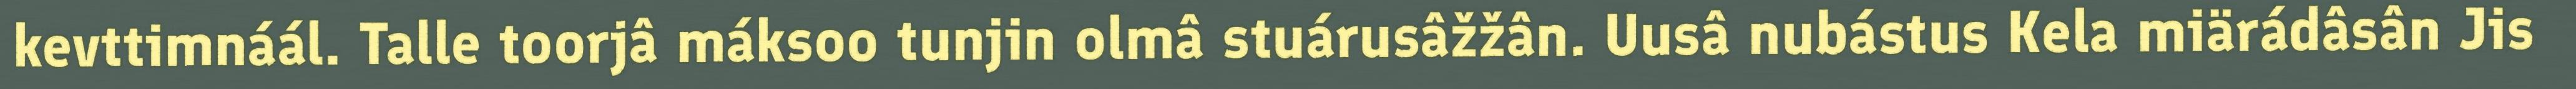
kevttimnáál. Talle toorjâ máksoo tunjin olmâ stuárusâžžân. Uusâ nubástus Kela miärádâsân Jis